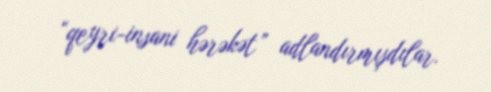
“qeyri-insani hərəkət” adlandırmışdılar.